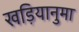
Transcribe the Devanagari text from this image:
खड़ियानुमा